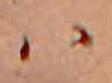
ハ